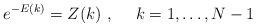
\begin{align*}e^{-E(k)} = Z(k) \ , \ \ \ \ k=1,\ldots ,N-1\end{align*}